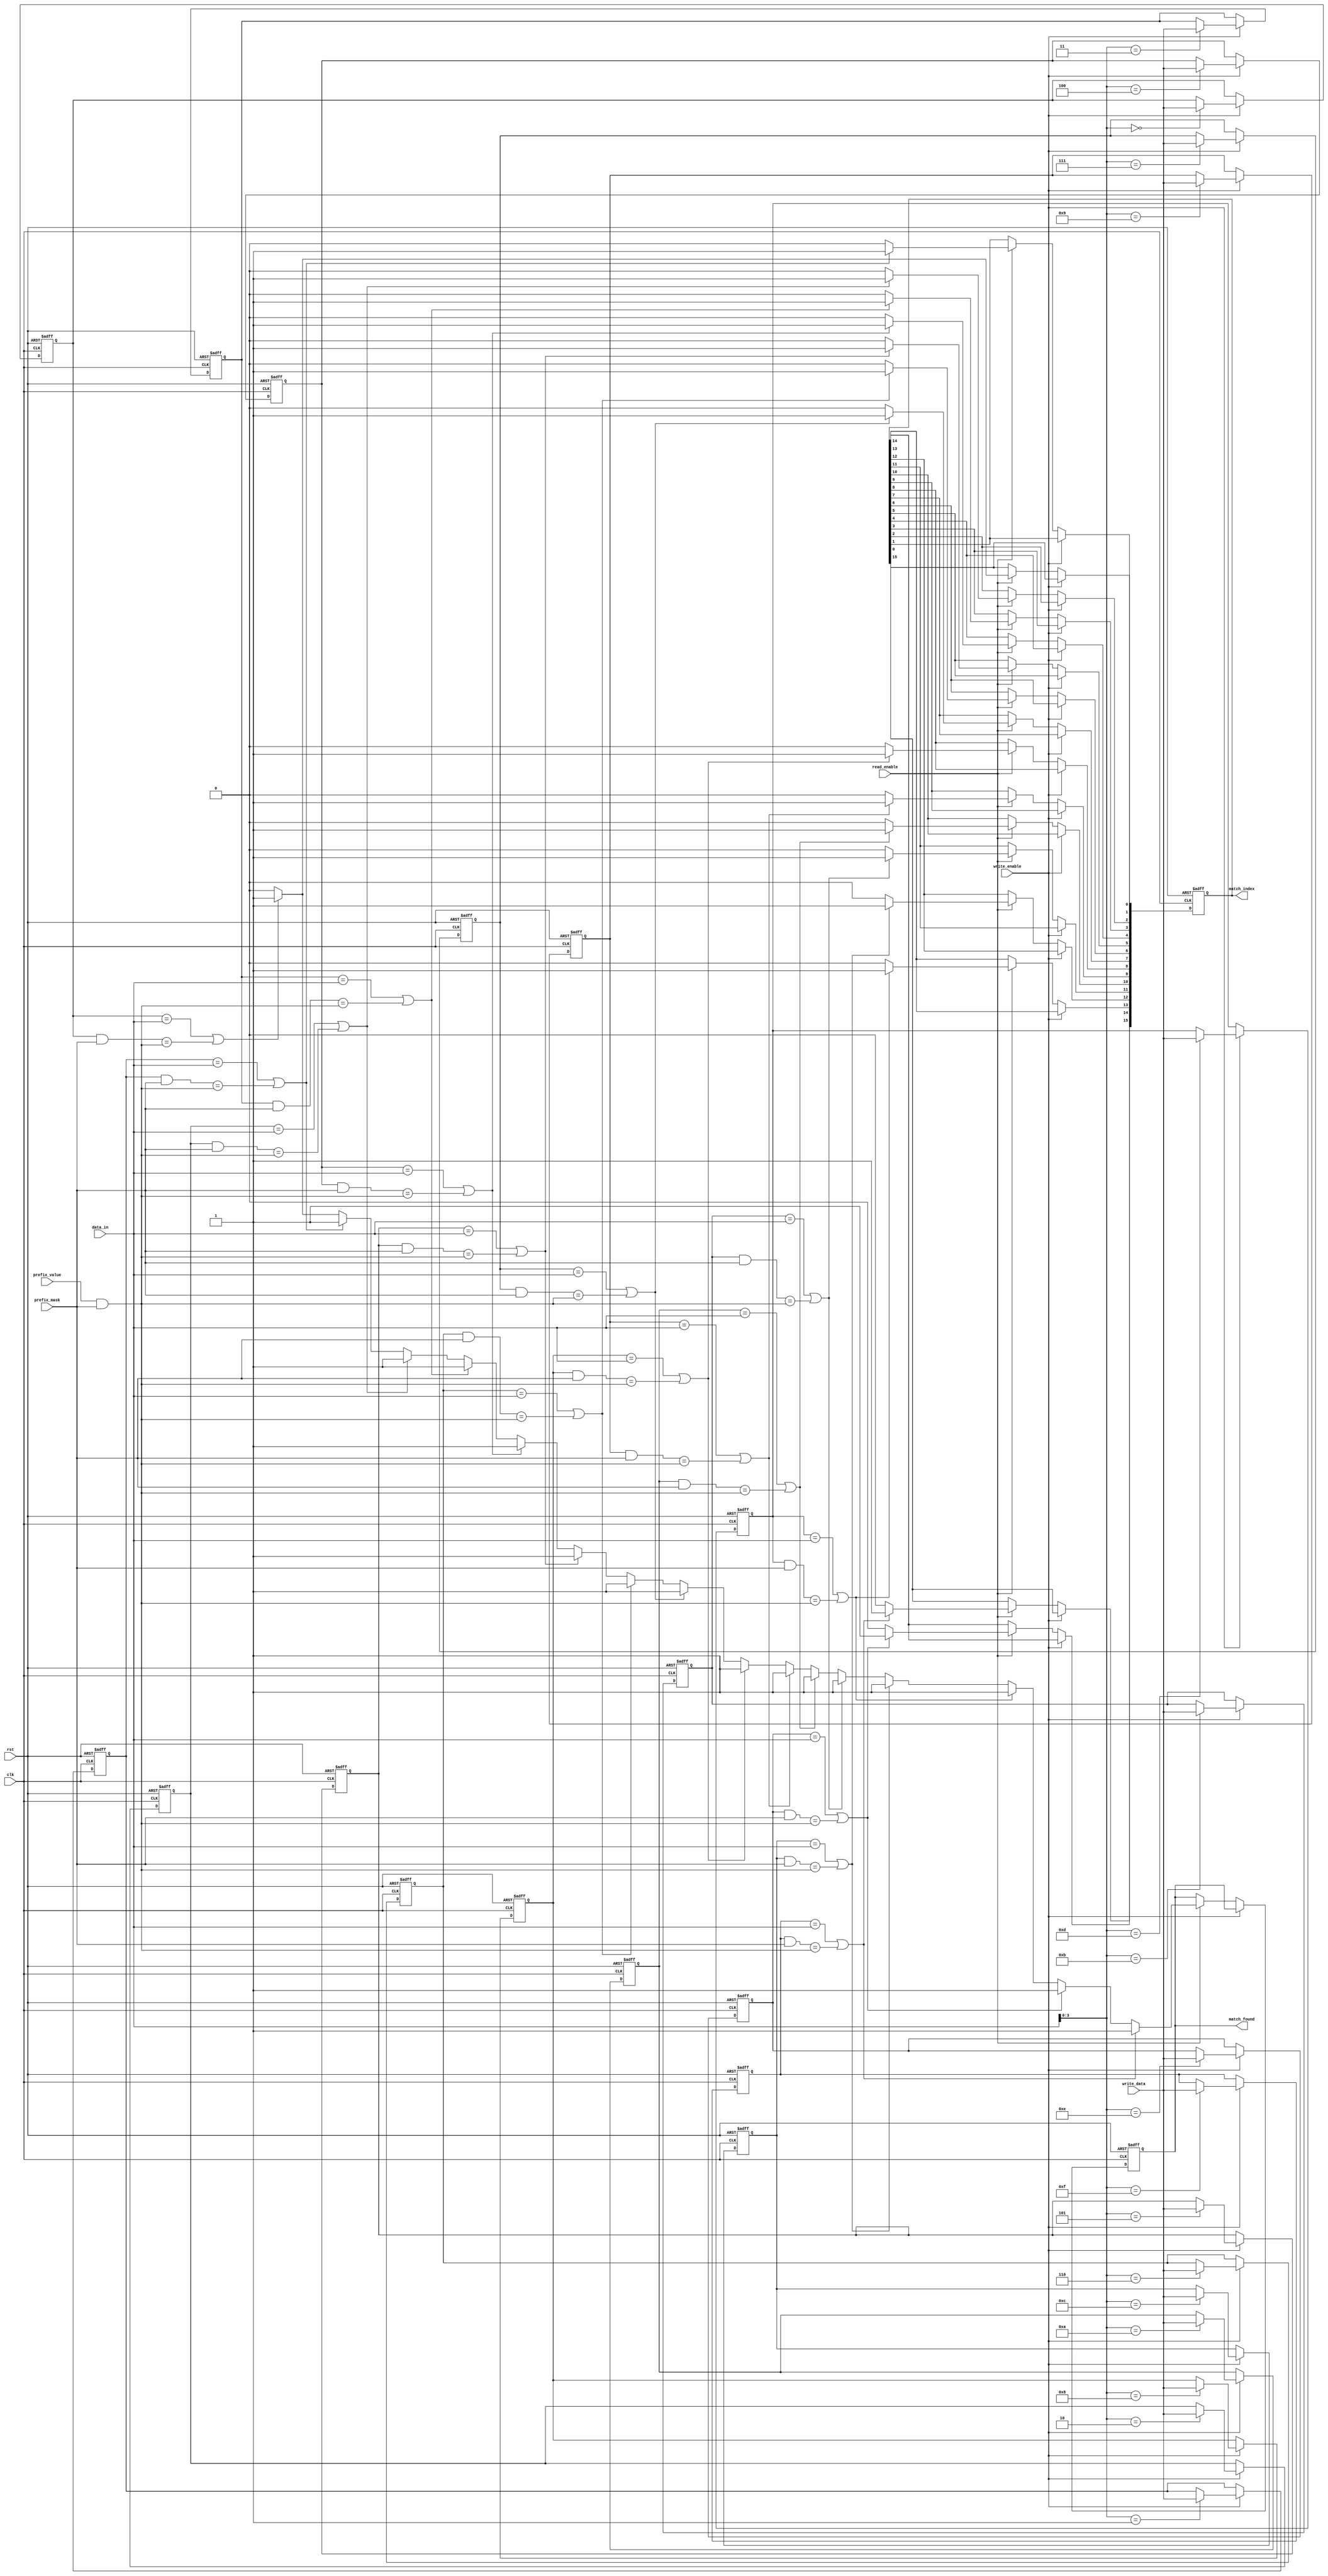
module cam #(
    parameter N = 8, // Word size in bits
    parameter M = 16  // Number of entries
) (
    input wire clk,
    input wire rst,
    input wire [N-1:0] data_in, // Data input for comparison
    input wire write_enable,      // Write enable signal
    input wire read_enable,       // Read enable signal
    input wire [N-1:0] write_data, // Data to be written
    input wire [N-1:0] prefix_mask, // Mask for prefix matching
    input wire [N-1:0] prefix_value, // Value to compare for prefix matching
    output reg [M-1:0] match_index, // Match index output
    output reg match_found         // Match indicator signal
);

    // Storage array
    reg [N-1:0] cam_array [0:M-1];

    integer i;

    // Initialize CAM on reset
    always @(posedge clk or posedge rst) begin
        if (rst) begin
            for (i = 0; i < M; i = i + 1) begin
                cam_array[i] <= {N{1'b0}}; // Clear the CAM entries
            end
            match_index <= {M{1'b0}};
            match_found <= 1'b0;
        end else if (write_enable) begin
            // Write data to the CAM
            cam_array[data_in] <= write_data;
        end else if (read_enable) begin
            match_found <= 1'b0; // Reset match found indicator
            match_index <= {M{1'b0}}; // Clear match index

            // Perform matching
            for (i = 0; i < M; i = i + 1) begin
                if ((cam_array[i] == data_in) || 
                    ((cam_array[i] & prefix_mask) == (prefix_value & prefix_mask))) begin
                    match_index[i] <= 1'b1; // Mark this index as a match
                    match_found <= 1'b1; // Set match found indicator
                end
            end
        end
    end

endmodule